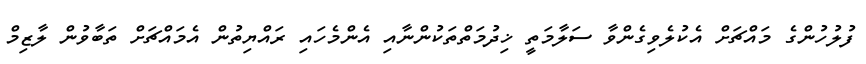
ފުލުހުންގެ މައްޗަށް އެކުލެވިގެންވާ ސަލާމަތީ ޚިދުމަތްތަކުންނާއި އެންމެހައި ރައްޔިތުން އެމައްޗަށް ތަބާވުން ލާޒިމް